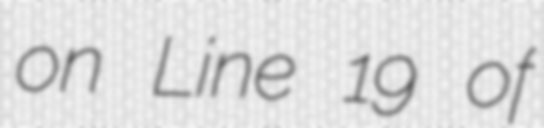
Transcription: on Line 19 of